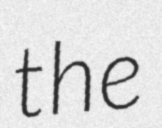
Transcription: the